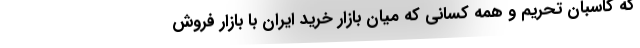
که کاسبان تحریم و همه کسانی که میان بازار خرید ایران با بازار فروش